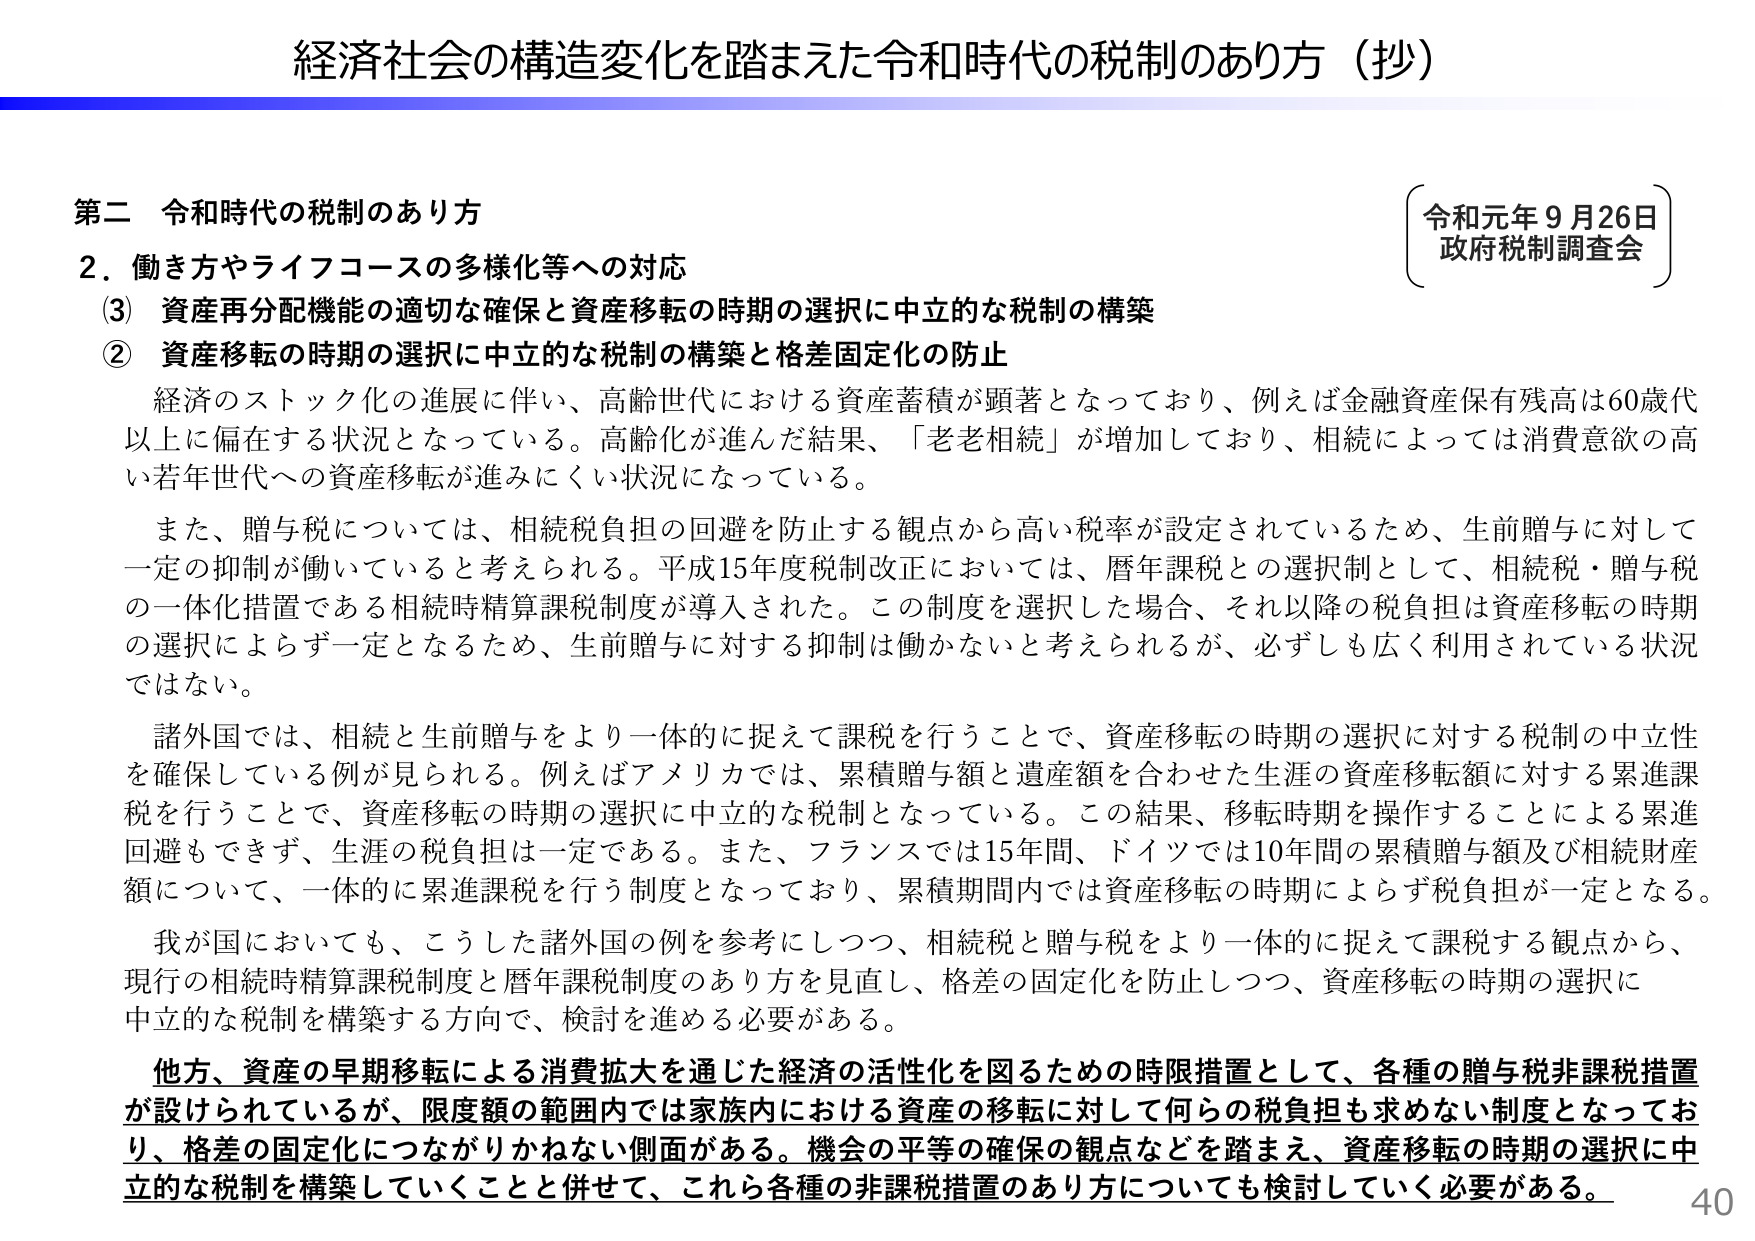
経済社会の構造変化を踏まえた令和時代の税制のあり方（抄）

第二 令和時代の税制のあり方
2．働き方やライフコースの多様化等への対応
（3）資産再分配機能の適切な確保と資産移転の時期の選択に中立的な税制の構築
② 資産移転の時期の選択に中立的な税制の構築と格差固定化の防止

経済のストック化の進展に伴い、高齢世代における資産蓄積が顕著となっており、例えば金融資産保有残高は60歳代以上に偏在する状況となっている。高齢化が進んだ結果、「老老相続」が増加しており、相続によっては消費意欲の高い若年世代への資産移転が進みにくい状況になっている。

また、贈与税については、相続税負担の回避を防止する観点から高い税率が設定されているため、生前贈与に対して一定の抑制が働いていると考えられる。平成15年度税制改正においては、暦年課税との選択制として、相続税・贈与税の一体化措置である相続時精算課税制度が導入された。この制度を選択した場合、それ以降の税負担は資産移転の時期の選択によらず一定となるため、生前贈与に対する抑制は働かないと考えられるが、必ずしも広く利用されている状況ではない。

諸外国では、相続と生前贈与をより一体的に捉えて課税を行うことで、資産移転の時期の選択に対する税制の中立性を確保している例が見られる。例えばアメリカでは、累積贈与額と遺産額を合わせた生涯の資産移転額に対する累進課税を行うことで、資産移転の時期の選択に中立的な税制となっている。この結果、移転時期を操作することによる累進回避もできず、生涯の税負担は一定である。また、フランスでは15年間、ドイツでは10年間の累積贈与額及び相続財産額について、一体的に累進課税を行う制度となっており、累積期間内では資産移転の時期によらず税負担が一定となる。

我が国においても、こうした諸外国の例を参考にしつつ、相続税と贈与税をより一体的に捉えて課税する観点から、現行の相続時精算課税制度と暦年課税制度のあり方を見直し、格差の固定化を防止しつつ、資産移転の時期の選択に中立的な税制を構築する方向で、検討を進める必要がある。

他方、資産の早期移転による消費拡大を通じた経済の活性化を図るための時限措置として、各種の贈与税非課税措置が設けられているが、限度額の範囲内では家族内における資産の移転に対して何らの税負担も求めない制度となっており、格差の固定化につながりかねない側面がある。機会の平等の確保の観点などを踏まえ、資産移転の時期の選択に中立的な税制を構築していくことと併せて、これら各種の非課税措置のあり方についても検討していく必要がある。

令和元年9月26日
政府税制調査会

40